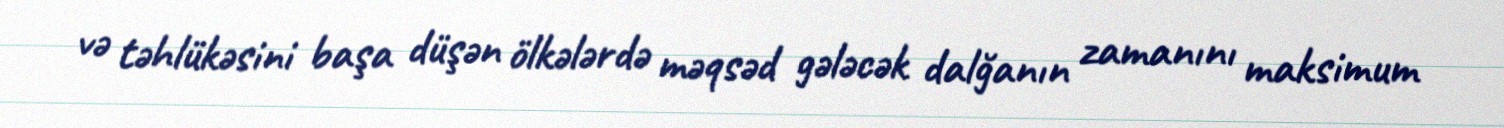
və təhlükəsini başa düşən ölkələrdə məqsəd gələcək dalğanın zamanını maksimum